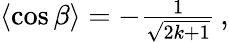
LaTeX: \begin{array}{r}{\left\langle\cos\beta\right\rangle=-\frac{1}{\sqrt{2k+1}}\, ,}\end{array}